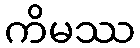
ကိမဿ